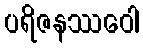
ပရိဇနဿဝေါ